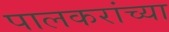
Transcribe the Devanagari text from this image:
पालकरांच्या